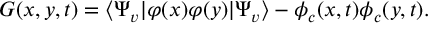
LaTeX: G ( x , y , t ) = \langle \Psi _ { v } | \varphi ( x ) \varphi ( y ) | \Psi _ { v } \rangle - \phi _ { c } ( x , t ) \phi _ { c } ( y , t ) .